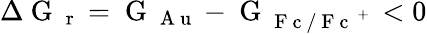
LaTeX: \Delta\mathrm{~G~}_{\mathrm{~r~}}=\mathrm{~G~}_{\mathrm{~A~u~}}-\mathrm{~G~}_{\mathrm{~F~c~/~F~c~}^{\mathrm{~+~}}}<0